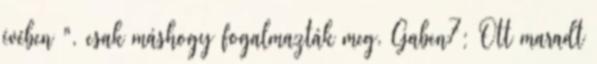
évében ", csak máshogy fogalmazták meg. Gaben7: Ott maradt